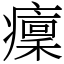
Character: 癛